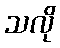
သလို